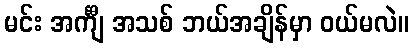
မင်း အင်္ကျီ အသစ် ဘယ်အချိန်မှာ ဝယ်မလဲ။